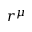
r ^ { \mu }